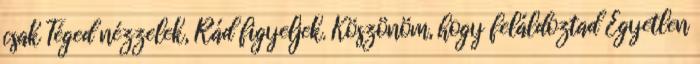
csak Téged nézzelek, Rád figyeljek. Köszönöm, hogy feláldoztad Egyetlen